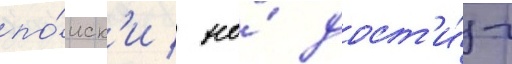
по́иск'и / но́ дост'и́г